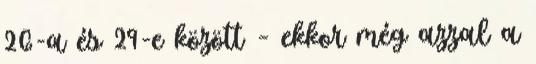
26-a és 29-e között – ekkor még azzal a